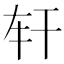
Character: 𢆐